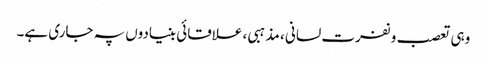
وہی تعصب و نفرت لسانی ، مذہبی ، علاقائی بنیادوں پہ جاری ہے۔